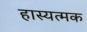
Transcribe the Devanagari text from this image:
हास्यत्मक